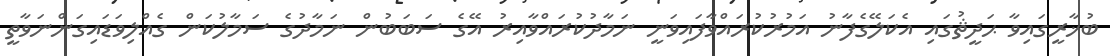
ބުޚާރީގައިވާ ޙަދީޘުގައި އެކަލޭގެފާނު އަމުރުކުރައްވާފައިވަނީ ނަމާދުކުރައްވާއިރު އޭގެ ސަބަބުން ނަމާދުގެ ސަމާލުކަން ގެއްލިވަޑައިގަންނަވާތީ